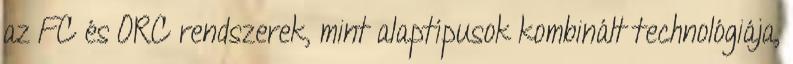
az FC és ORC rendszerek, mint alaptípusok kombinált technológiája,